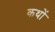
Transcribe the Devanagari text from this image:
कथों